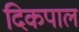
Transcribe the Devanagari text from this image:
दिकपाल